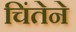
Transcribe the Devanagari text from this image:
चिंतेने